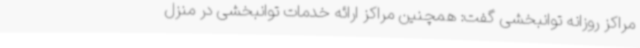
مراکز روزانه توانبخشی گفت: همچنین مراکز ارائه خدمات توانبخشی در منزل